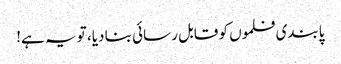
پابندی فلموں کو قابل رسائی بنا دیا، تو یہ ہے!